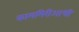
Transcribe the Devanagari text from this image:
कामगिरीआधी